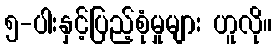
၅-ပါးနှင့်ပြည့်စုံမှုများ ဟူလို။